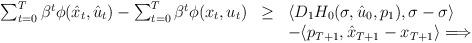
LaTeX: \begin{align*}\begin{array}{rcl}\sum_{t=0}^T \beta^t \phi (\hat{x}_t, \hat{u}_t) -\sum_{t=0}^T \beta^t \phi(x_t,u_t) &\geq &\langle D_1 H_0(\sigma, \hat{u}_0, p_1), \sigma - \sigma \rangle \\\null & \null &- \langle p_{T+1}, \hat{x}_{T+1} - x_{T+1} \rangle \Longrightarrow\end{array}\end{align*}